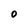
Character: O